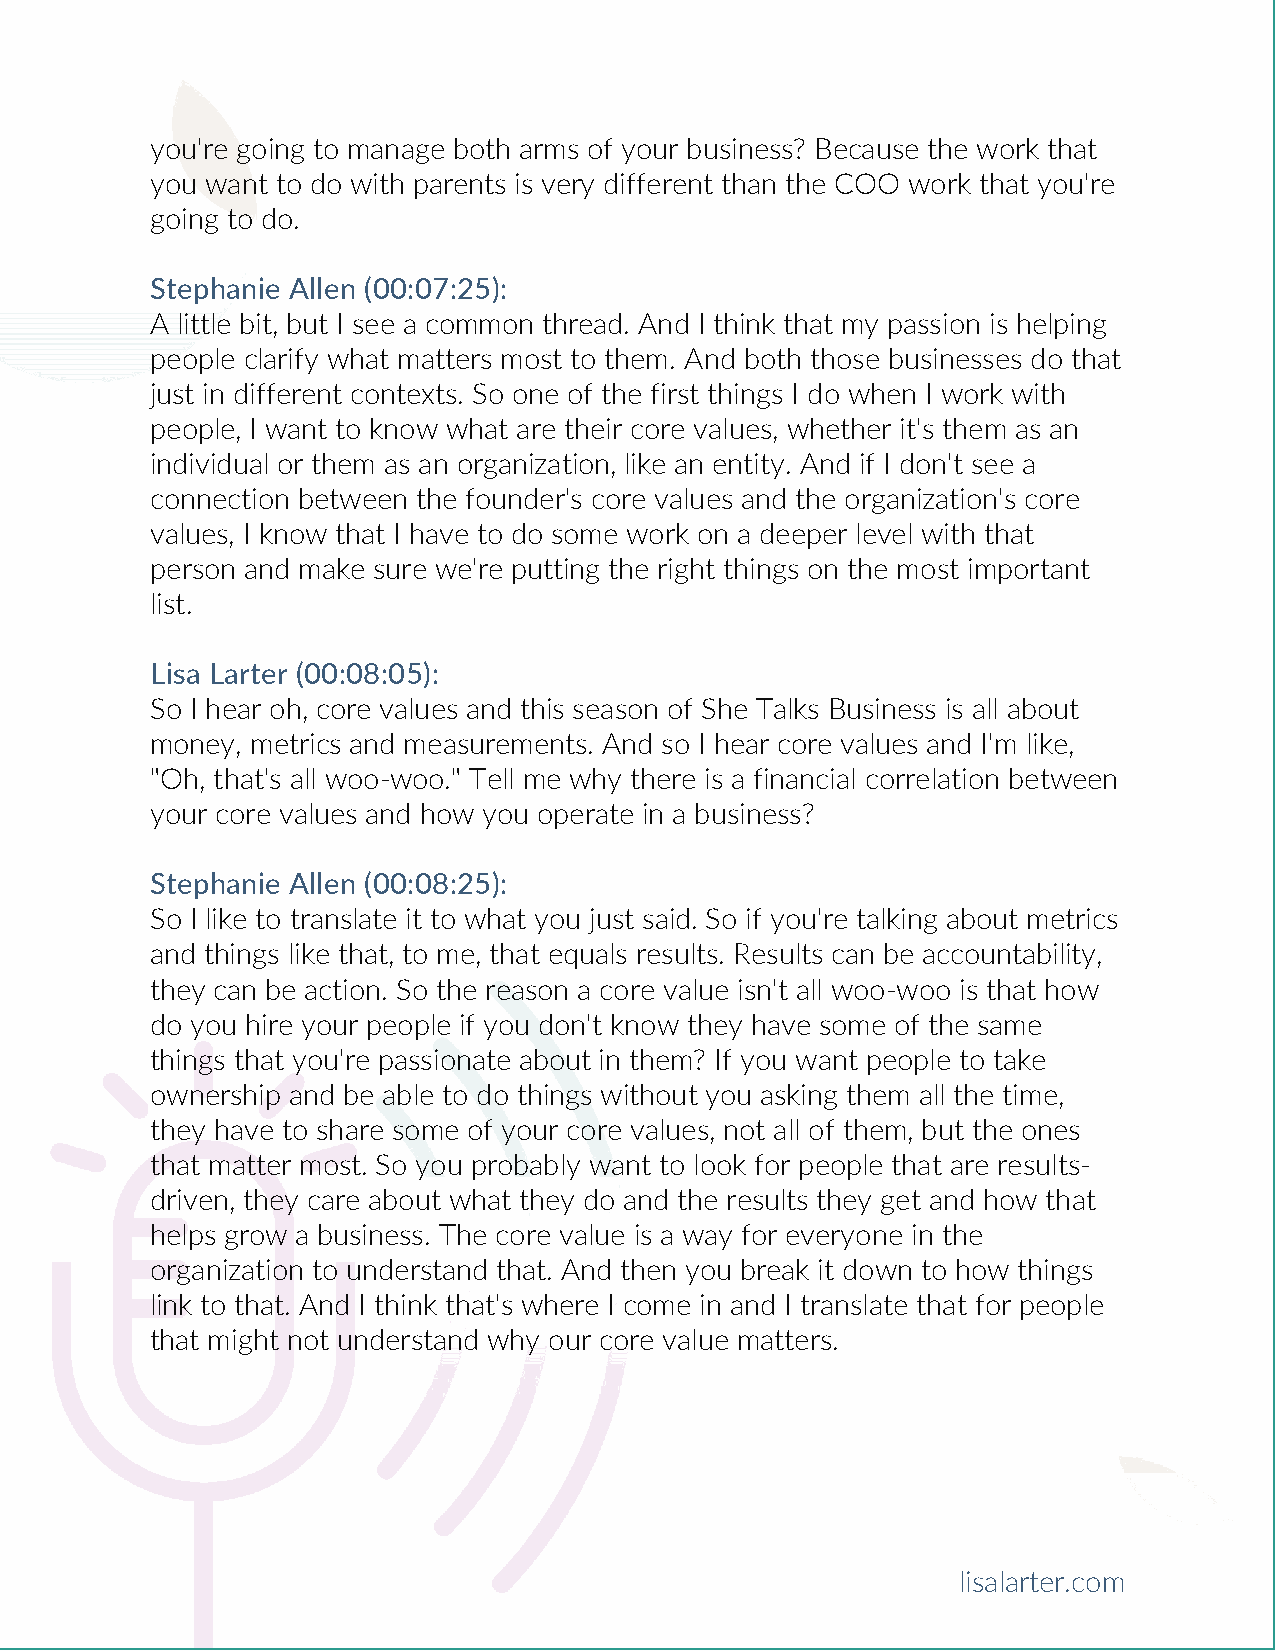
you're going to manage both arms of your business? Because the work that
 you want to do with parents is very different than the COO work that you're
 going to do.
 Stephanie Allen (00:07:25):
 A little bit, but I see a common thread. And I think that my passion is helping
 people clarify what matters most to them. And both those businesses do that
 just in different contexts. So one of the first things I do when I work with
 people, I want to know what are their core values, whether it's them as an
 individual or them as an organization, like an entity. And if I don't see a
 connection between the founder's core values and the organization's core
 values, I know that I have to do some work on a deeper level with that
 person and make sure we're putting the right things on the most important
 list.
 Lisa Larter (00:08:05):
 So I hear oh, core values and this season of She Talks Business is all about
 money, metrics and measurements. And so I hear core values and I'm like,
 "Oh, that's all woo-woo." Tell me why there is a financial correlation between
 your core values and how you operate in a business?
 Stephanie Allen (00:08:25):
 So I like to translate it to what you just said. So if you're talking about metrics
 and things like that, to me, that equals results. Results can be accountability,
 they can be action. So the reason a core value isn't all woo-woo is that how
 do you hire your people if you don't know they have some of the same
 things that you're passionate about in them? If you want people to take
 ownership and be able to do things without you asking them all the time,
 they have to share some of your core values, not all of them, but the ones
 that matter most. So you probably want to look for people that are results-
 driven, they care about what they do and the results they get and how that
 helps grow a business. The core value is a way for everyone in the
 organization to understand that. And then you break it down to how things
 link to that. And I think that's where I come in and I translate that for people
 that might not understand why our core value matters.
 lisalarter.com